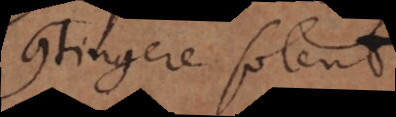
contingere solent